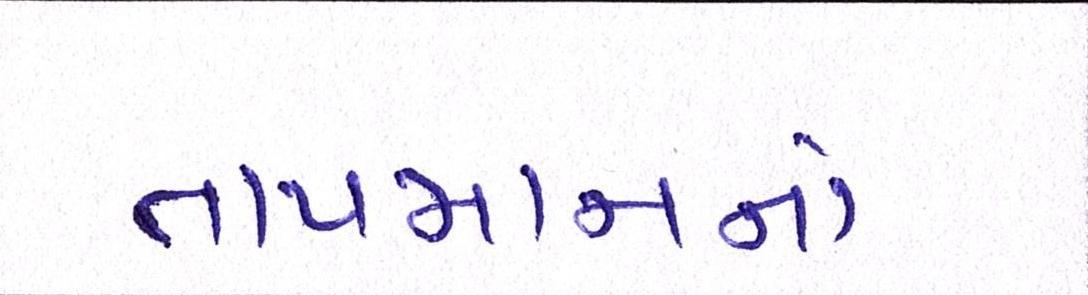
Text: તાપમાનનો